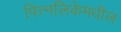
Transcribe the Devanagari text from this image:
पित्त्नलिकेमधील